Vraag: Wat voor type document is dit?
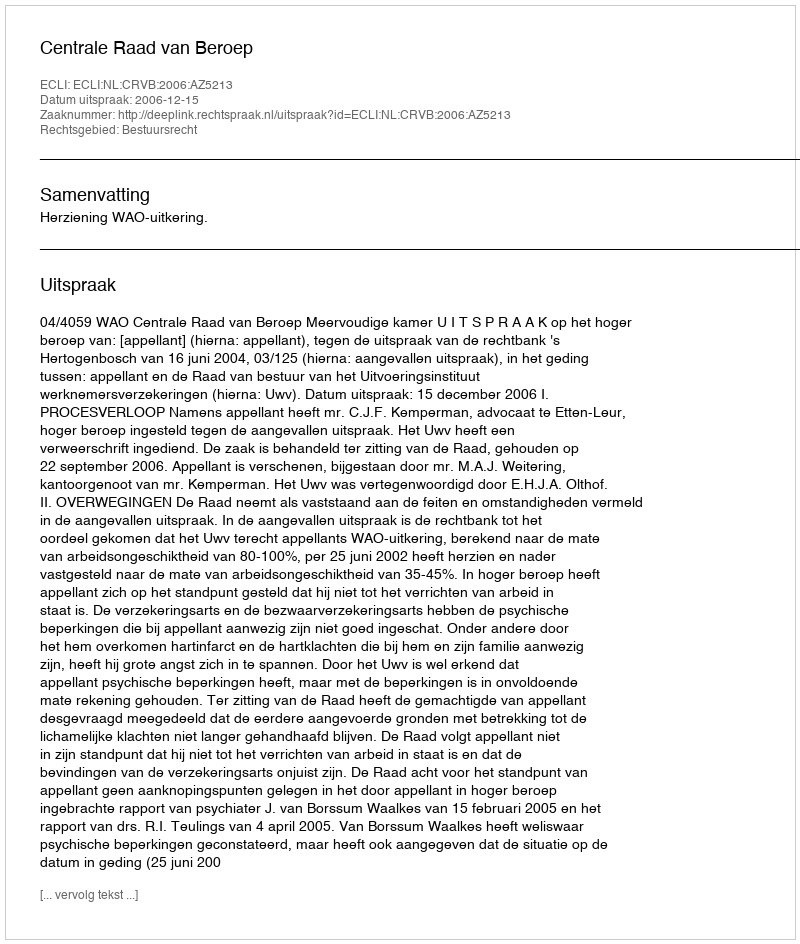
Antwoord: Uitspraak